Report on horse surra - Volume II, Part II
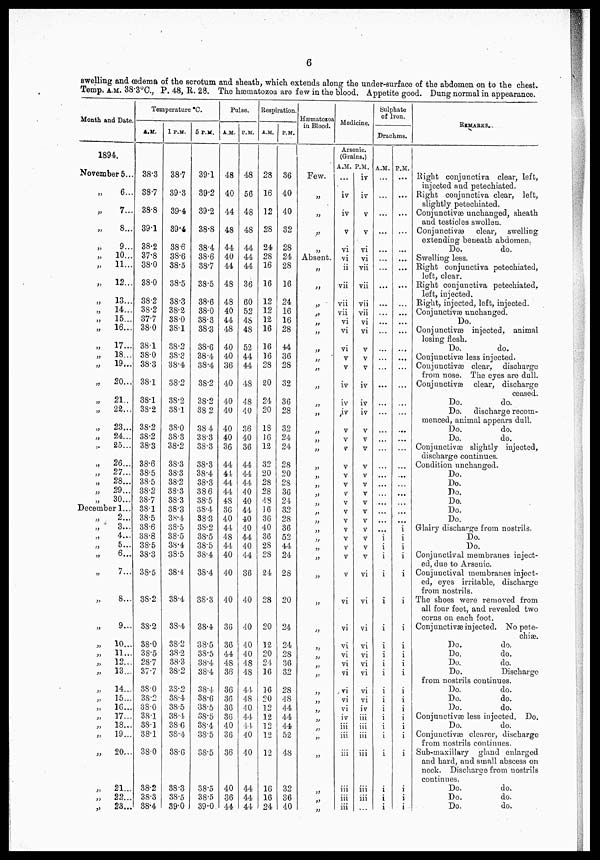
6
swelling and œdema of the scrotum and sheath, which extends along the under-surface of the ahdomen on to the chest.
Temp. A.M. 38.3°C., P. 48, R. 28. The hæmatozoa are few in the blood. Appetite good. Dung normal in appearance.
Month and Date.
1894.
November
„
„
„
„
„
„
„
„
„
„
„
„
„
„
„
„
„
„
„
„
„
„
„
„
Decemb
„
„
„
„
„
„
„
„
„
„
„
„
„
„
„
„
„
„
„
5...
6...
7...
8...
9...
10...
11...
12...
13...
14...
15...
16...
17...
18...
19...
20...
21..
22...
23...
24...
25...
26...
27...
28...
29...
30...
er 1...
2...
3...
4...
5...
6...
7...
8...
9...
10..
11..
12..
13..
14..
15..
16..
17..
18..
19..
20..
21..
22..
23..
Temperature °C.
A. M.
38.3
38.7
38.8
39.1
38.2
37.8
38.0
38.0
38.2
38.2
37.7
38.0
38.1
38.0
38.3
38.1
38.1
38.2
38.2
38.2
38.3
38.6
38.5
38.5
38.2
38.7
38.1
38.5
38.6
38.8
38.5
38.3
38.5
38.2
38.2
38.0
38.5
28.7
37.7
38.0
38.2
38.0
38 1
38.1
38.1
38.0
38.2
38.3
38.4
1 P.M.
38.7
39.3
39.4
39.4
38.6
38.6
38.5
38.5
38.3
38.2
38.0
38.1
38.2
38.3
38.4
38.2
38.2
38.1
38.0
38.3
38.2
38.3
38.3
38.2
38.3
38.3
38.3
38.4
38.5
38.5
38.4
38.5
38.4
38.4
38.4
38.2
38.2
38.3
38.2
38.2
38.4
38.5
38.4
38.6
38.4
38.6
38.3
38.5
39.0
5 P.M.
39.1
39.2
39.2
38.8
38.4
38.6
387
38.5
38.6
38.0
38.3
38.3
38.6
38.4
38.4
38.2
38.2
38 2
38 4
38.3
38.3
38.3
38.4
38.3
386
38.5
38.4
38. 3
38.2
38.5
38.5
38.4
38.4
38.3
38.4
38.5
38.5
38.4
38.4
38.4
38.6
38.5
38.5
38.4
38.5
38.5
38.5
38.5
39.0
Pulse.
A.M.
48
40
44
48
44
40
44
48
48
40
44
48
40
40
36
40
40
40
40
40
36
44
44
44
44
48
36
40
44
48
44
40
40
40
36
36
44
48
36
36
36
36
36
40
36
36
40
36
44
P.M.
48
56
48
48
44
44
44
36
60
52
48
48
52
44
44
48
48
40
36
40
36
44
44
44
40
40
44
40
40
44
40
44
36
40
40
40
40
48
48
44
48
40
44
44
40
40
44
44
44
Respiration.
A.M.
28
16
12
28
24
28
16
16
12
12
12
16
16
16
28
20
24
20
18
16
12
32
20
28
28
48
16
36
40
36
28
28
24
28
20
12
20
24
16
16
20
12
12
12
12
12
16
16
24
P.M.
36
40
40
32
28
24
28
16
24
16
16
28
44
36
28
32
36
28
32
24
24
28
20
28
36
24
32
28
36
52
44
24
28
20
24
24
28
36
32
28
48
44
44
44
52
48
32
36
40
Hæmatozoa
in Blood.
Few.
„
„
„
„
Absent.
„
„
„
„
„
„
„
„
„
„
„
„
„
„
„
„
„
„
„
„
„
„
„
„
„
„
„
„
„
„
„
„
„
„
„
„
„
„
„
„
Medicine.
Arsenic.
(Grains.)
A.M. P.M.
...
iv
iv
v
vi
vi
ii
vii
vii
vii
vi
vi
vi
v
v
iv
iv
iv
v
v
v
v
v
v
v
v
v
v
v
v
v
v
v
vi
vi
vi
vi
vi
vi
vi
vi
vi
iv
iii
iii
iii
iii
iii
iii
iv
iv
v
v
vi
vi
vii
vii
vii
vii
vi
vi
v
v
v
iv
iv
iv
v
v
v
v
v
v
v
v
v
v
v
v
v
v
vi
vi
vi
vi
vi
vi
vi
vi
vi
iv
iii
iii
iii
iii
iii
iii
...
Sulphate
of Iron.
Drachms.
A.M.
...
...
...
...
...
...
...
...
...
...
...
...
...
...
...
...
...
...
...
...
...
...
...
...
...
...
...
...
...
i
i
i
i
i
i
i
i
i
i
i
i
i
i
i
i
i
i
i
i
P.M.
...
...
...
...
...
..
...
...
...
...
...
...
...
...
...
...
...
...
...
...
...
...
...
...
...
...
...
...
i
i
i
i
i
i
i
i
i
i
i
i
i
i
i
i
i
i
i
i
i
REMARKS.
Right conjunctiva clear, left,
injected and petechiated.
Right conjunctiva clear, left,
slightly petechiated.
Conjunctivæunchanged, sheath
and testicles swollen.
Conjunctivæ clear, swelling
extending beneath abdomen.
Do.
do.
Swelling less.
Right conjunctiva petechiated,
left, clear.
Right conjunctiva petechiated,
left, injected.
Right, injected, left, injected.
Conjunctivæunchanged.
Do.
Conjunctivæ injected, animal
losing flesh.
Do.
do.
Conjunctivæ less injected.
Conjunctivæ clear, discharge
from nose. The eyes are dull.
Conjunctival clear, discharge
ceased.
Do.
do.
Do. discharge recom-
menced, animal appears dull.
Do.
do.
Do.
do.
Conjunctivæ slightly injected,
discharge continues.
Condition unchanged.
Do.
Do.
Do.
Do.
Do.
Do.
Glairy discharge from nostrils.
Do.
Do.
Conjunctival membranes inject-
ed, due to Arsenic.
Conjunctival membranes inject-
ed, eyes irritable, discharge
from nostrils.
The shoes were removed from
all four feet, and revealed two
corns on each foot.
Conj unctivæ injected. No pete-
chiaæ
Do.
do.
Do.
do.
Do.
do.
Do.
Discharge
from nostrils continues.
Do.
do.
Do.
do.
Do.
do.
Conjunctivas less injected. Do.
Do.
do.
Conjunctivas clearer, discharge
from nostrils continues.
Sub-maxiilary gland enlarged
and hard, and small abscess on
neck. Discharge from nostrils
continues.
Do.
do.
Do.
do.
Do.
do.